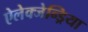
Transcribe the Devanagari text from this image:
ऐलेक्जेन्ड्रिया